Leaving Certificate Examination, 1918
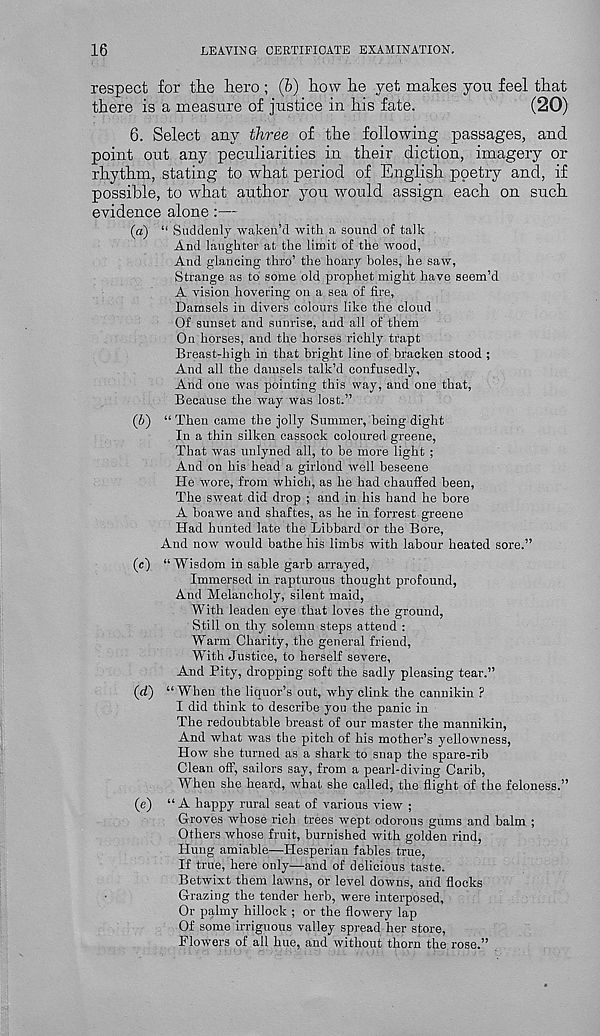
16
LEAVING CERTIFICATE EXAMINATION.
respect for the hero; (6) how he yet makes you feel that
there is a measure of justice in his fate.
(20)
6. Select any three of the following passages, and
point out any peculiarities in their diction, imagery or
rhythm, stating to what period of English poetry and, if
possible, to what author you would assign each on such
evidence alone:—
(a) “ Suddenly waken’d with a sound of talk
And laughter at the limit of the wood,
And glancing thro’ the hoary boles, he saw,
Strange as to some old prophet might have seem’d
A vision hovering on a sea of fire,
Damsels in divers colours like the cloud
Of sunset and sunrise, and all of them
On horses, and the horses richly trapt
Breast-high in that bright line of bracken stood ;
And all the damsels talk’d confusedly.
And one was pointing this way, and one that,
Because the way was lost.”
(b) “ Then came the jolly Summer, being dight
In a thin silken cassock coloured greene,
That was unlyned all, to be more light ;
And on his head a girlond well beseene
He wore, from which, as he had chaufied been,
The sweat did drop ; and in his hand he bore
A boawe and shaftes, as he in forrest greene
Had hunted late the Libbard or the Bore,
And now would bathe his limbs with labour heated sore.”
(0 “ Wisdom in sable garb arrayed,
Immersed in rapturous thought profound,
And Melancholy, silent maid,
With leaden eye that loves the ground,
Still on thy solemn steps attend :
Warm Charity, the general friend,
With Justice, to herself severe,
And Pity, dropping soft the sadly pleasing tear.”
(d) “When the liquor’s out, why clink the cannikin ?
I did think to describe you the panic in
The redoubtable breast of our master the mannikin,
And what was the pitch of his mother’s yellowness,
How she turned as a shark to snap the spare-rib
Clean off, sailors say, from a pearl-diving Carib,
When she heard, what she called, the flight of the feloness.”
(e) “A happy rural seat of various view ;
Groves whose rich trees wept odorous gums and balm ;
Others whose fruit, burnished -with golden rind,
Hung amiable—Hesperian fables true,
If true, here only—and of delicious taste.
Betwixt them lawns, or level downs, and flocks
Grazing the tender herb, were interposed,
Or palmy hillock ; or the flowery lap
Of some irriguous valley spread her store,
Flowers of all hue, and without thorn the rose.”